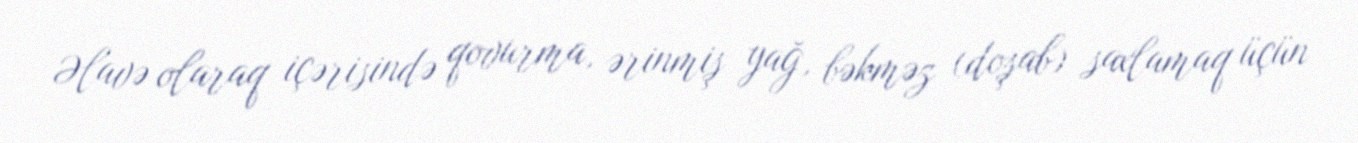
Əlavə olaraq içərisində qovurma, ərinmiş yağ, bəkməz (doşab) saxlamaq üçün